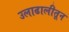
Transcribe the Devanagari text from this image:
उलाढालीतून